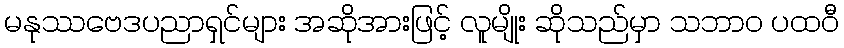
မနုဿဗေဒပညာရှင်များ အဆိုအားဖြင့် လူမျိုး ဆိုသည်မှာ သဘာဝ ပထဝီ